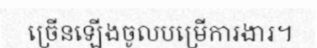
ច្រើនឡើងចូលបម្រើការងារ។